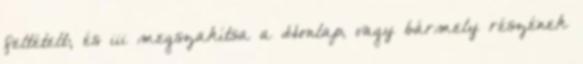
feltételt; és iii megszakítsa a Honlap, vagy bármely részének